Lunatic asylums Central Provinces reports 1874-1885 - 1874-1885
Year: 1874
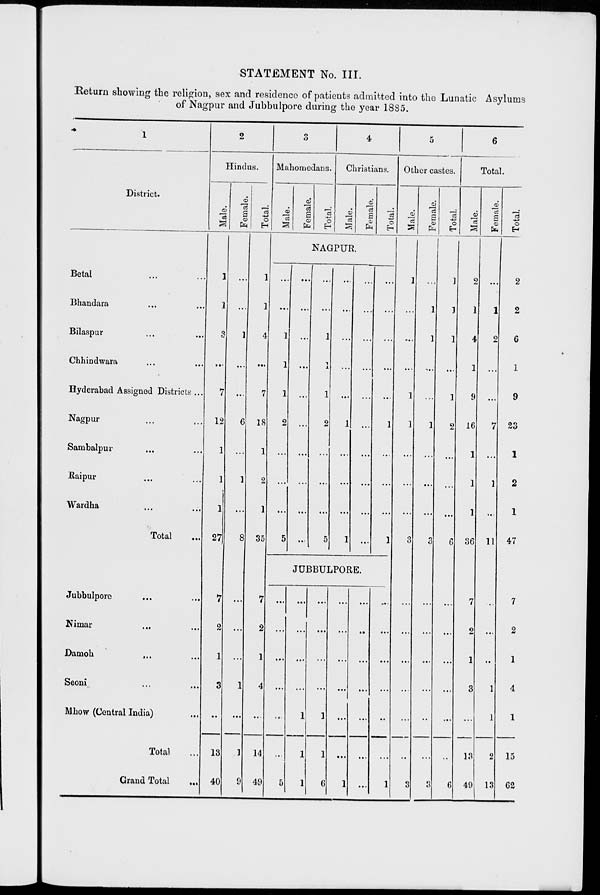
STATEMENT No. III.
Return showing the religion, sex and residence of patients admitted into the Lunatic Asylums
of Nagpur and Jubbulpore during the year 1885.
1
District.
Betal ... ...
Bhandara ... ...
Bilaspur ... ...
Chhindwara ... ...
Hyderabad Assigned Districts ...
Nagpur ... ...
Sambalpur ... ...
Raipur ... ...
Wardha ... ...
Total ... ...
Jubbulpore ... ...
Nimar ... ...
Damoh ... ...
Seoni ... ...
Mhow (Central India) ... ...
Total ...
Grand Total
...
2
Hindus.
Male.
1
1
3
...
7
12
1
1
1
27
7
2
1
3
...
13
40
Female.
...
...
1
...
...
6
...
1
...
8
...
...
...
1
...
1
9
Total.
1
1
4
...
7
18
1
2
1
35
7
2
1
4
...
14
49
3
Mahomedans.
Male.
Female.
Total.
4
Christians.
Male.
Female.
Total.
NAGPUR.
...
...
1
1
1
2
...
...
...
5
...
...
...
...
...
...
...
...
...
...
...
...
1
1
1
2
...
...
...
5
...
...
...
...
...
1
...
...
...
1
...
...
...
...
...
...
...
...
...
...
...
...
...
...
...
1
...
...
...
1
JUBBULPORE.
...
...
...
...
...
...
5
...
...
...
...
1
1
1
...
...
...
...
1
1
6
...
...
...
...
...
...
1
...
...
...
...
...
...
...
...
...
...
...
...
...
1
5
Other castes.
Male.
1
...
...
...
1
1
...
...
...
3
...
...
...
...
...
...
3
Female.
...
1
1
...
...
1
...
...
...
3
...
...
...
...
...
...
3
Total.
1
1
1
...
1
2
...
...
...
6
...
...
...
...
...
...
6
6
Total.
Male.
2
1
4
1
9
16
1
1
1
36
7
2
1
3
...
13
49
Female.
...
1
2
...
...
7
...
1
...
11
...
...
...
1
1
2
13
Total.
2
2
6
1
9
23
1
2
1
47
7
2
1
4
1
15
62